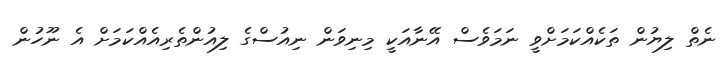
ނެތް ލިޔުން ތަކެއްކަމަށްވީ ނަމަވެސް އޭނާއަކީ މިނިވަން ނިއުސްގެ ލިއުންތެރިއެއްކަމަށް އެ ނޫހުން